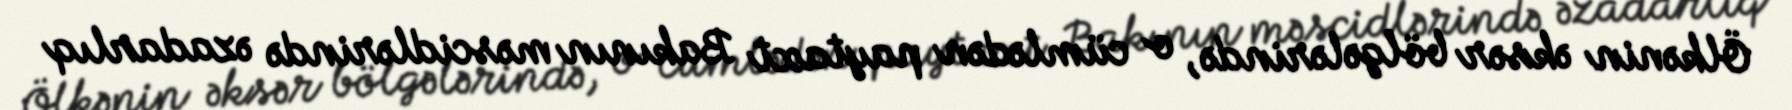
Ölkənin əksər bölgələrində, o cümlədən paytaxt Bakının məscidlərində əzadarlıq